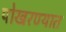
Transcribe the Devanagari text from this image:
पोखरण्यात